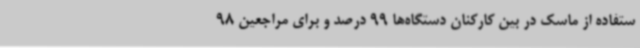
ستفاده از ماسک در بین کارکنان دستگاه‌ها 99 درصد و برای مراجعین 98